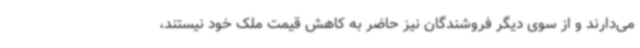
می‌دارند و از سوی دیگر فروشندگان نیز حاضر به کاهش قیمت ملک خود نیستند،